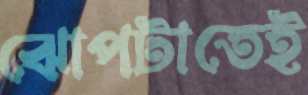
ঝোপটাতেই